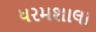
ધરમશાલા